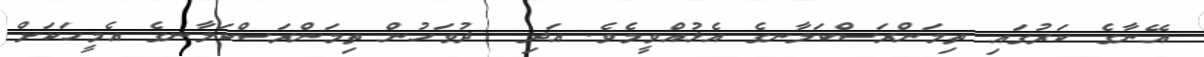
އޭނާގެ ކަރުގައި ތިމަންރަސްކަލާނގެ އެޅުއްވީމެވެ. އަދި  ދުވަހުން ތިމަންރަސްކަލާނގެ އެމީހަކަށް